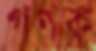
গণক